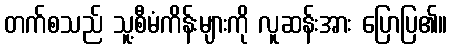
တက်စသည် သူ့စီမံကိန်းများကို လူဆန်းအား ပြောပြ၏။